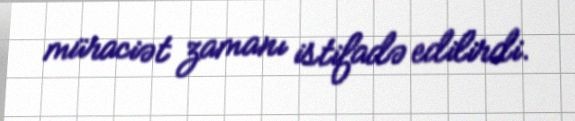
müraciət zamanı istifadə edilirdi.